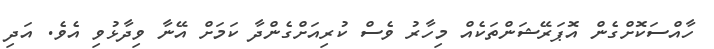
ހާއްސަކޮށްގެން އޮޕަރޭޝަންތަކެއް މިހާރު ވެސް ކުރިއަށްގެންދާ ކަމަށް އޭނާ ވިދާޅުވި އެވެ. އަދި